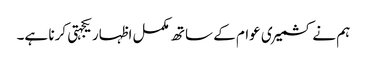
ہم نے کشمیری عوام کے ساتھ مکمل اظہار یکجہتی کرنا ہے۔